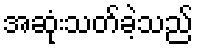
အဆုံးသတ်ခဲ့သည်